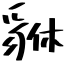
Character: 貅